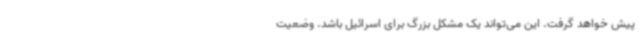
پیش خواهد گرفت. این می‌تواند یک مشکل بزرگ برای اسرائیل باشد. وضعیت